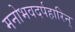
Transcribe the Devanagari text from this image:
मनोभवदर्पहारिन्